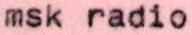
msk radio